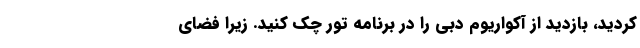
کردید، بازدید از آکواریوم دبی را در برنامه تور چک کنید. زیرا فضای